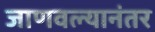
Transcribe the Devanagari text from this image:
जाणवल्यानंतर